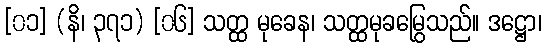
[၀၁] (နိ၊ ၃၇၁) [၀၆] သတ္ထ မုခေန၊ သတ္ထမုခမြွေသည်။ ဒဋ္ဌော၊